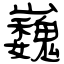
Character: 巍